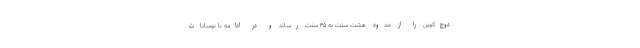
دوج‌کوین را از حدود هشت سنت به ۴۵ سنت رساند و در ادامه با نوسانات